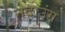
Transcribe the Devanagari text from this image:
नदाउंग